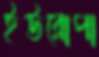
ইউরোপা